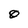
Character: O